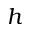
h